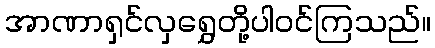
အာဏာရှင်လှရွှေတို့ပါဝင်ကြသည်။